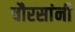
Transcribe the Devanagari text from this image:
चौरसांनी